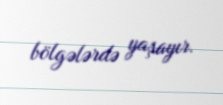
bölgələrdə yaşayır.